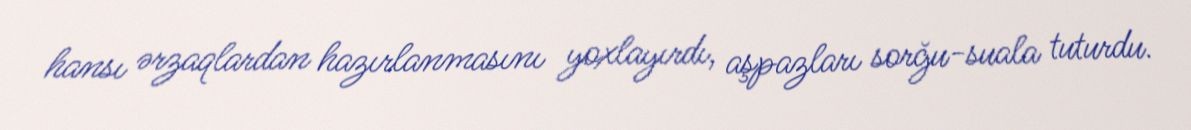
hansı ərzaqlardan hazırlanmasını yoxlayırdı, aşpazları sorğu-suala tuturdu.